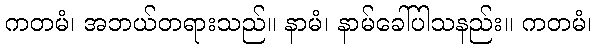
ကတမံ၊ အဘယ်တရားသည်။ နာမံ၊ နာမ်ခေါ်ပါသနည်း။ ကတမံ၊